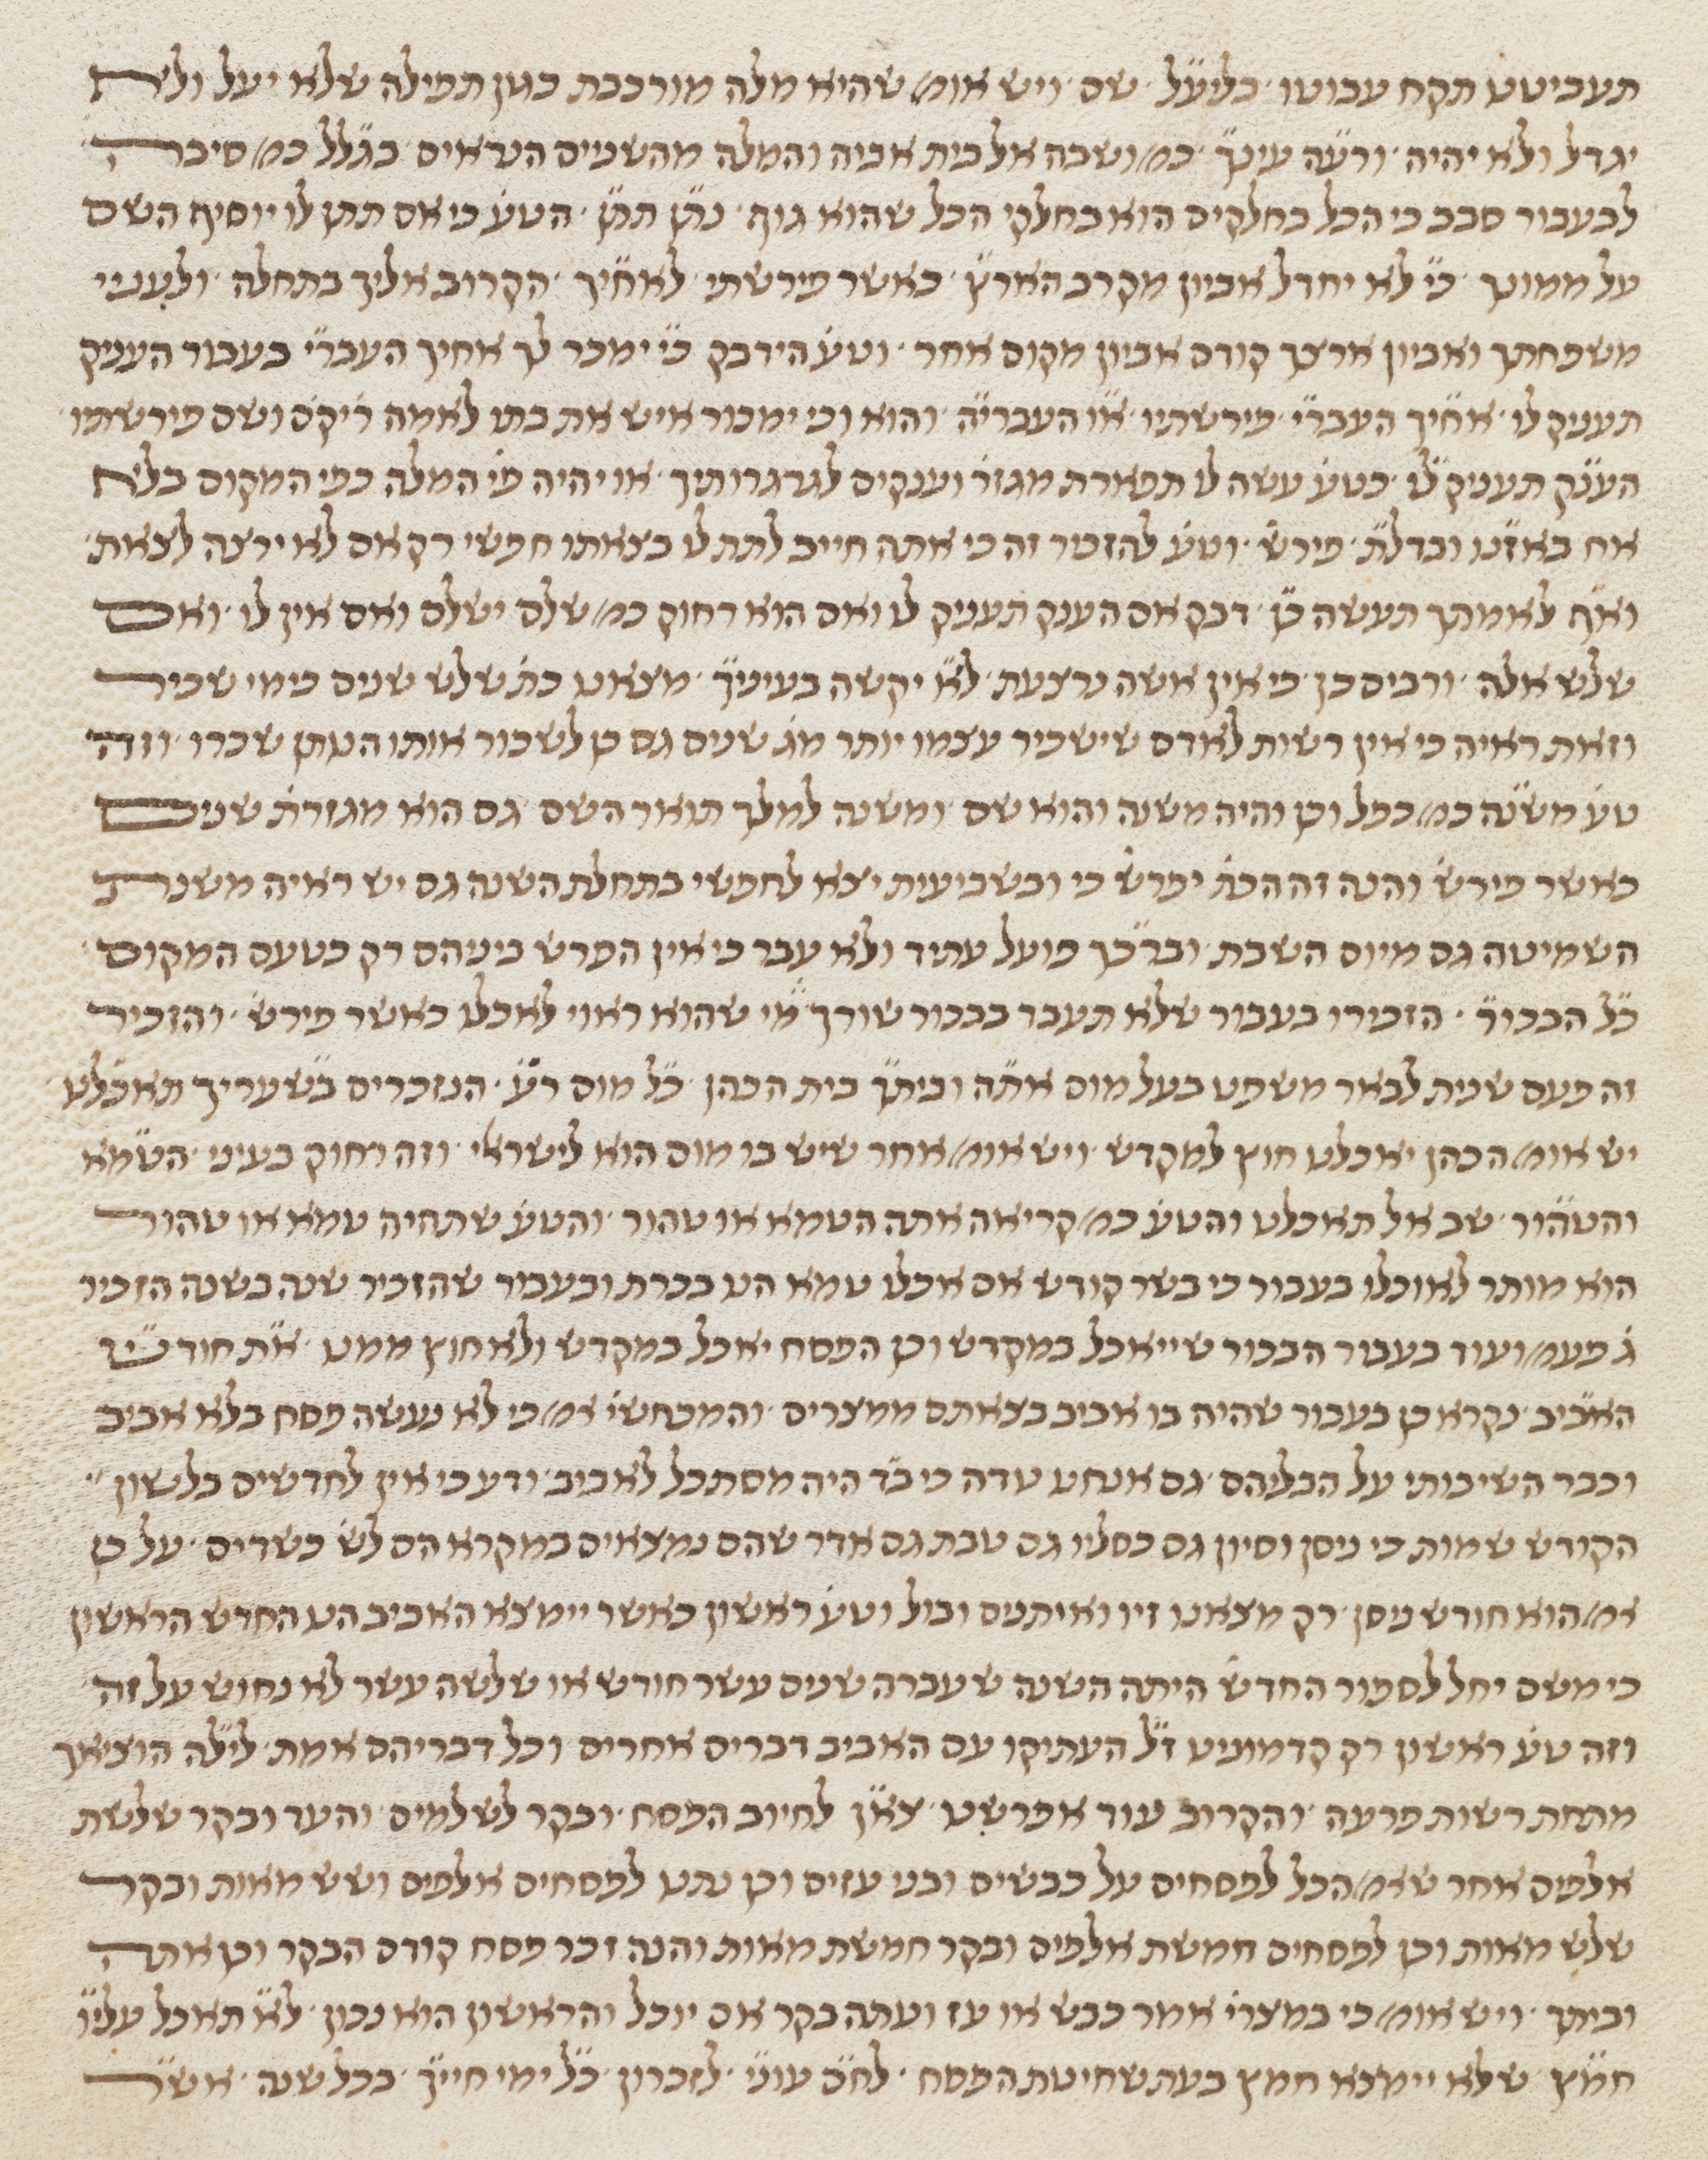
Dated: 1450–1499